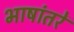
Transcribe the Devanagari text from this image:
भाषांतरें